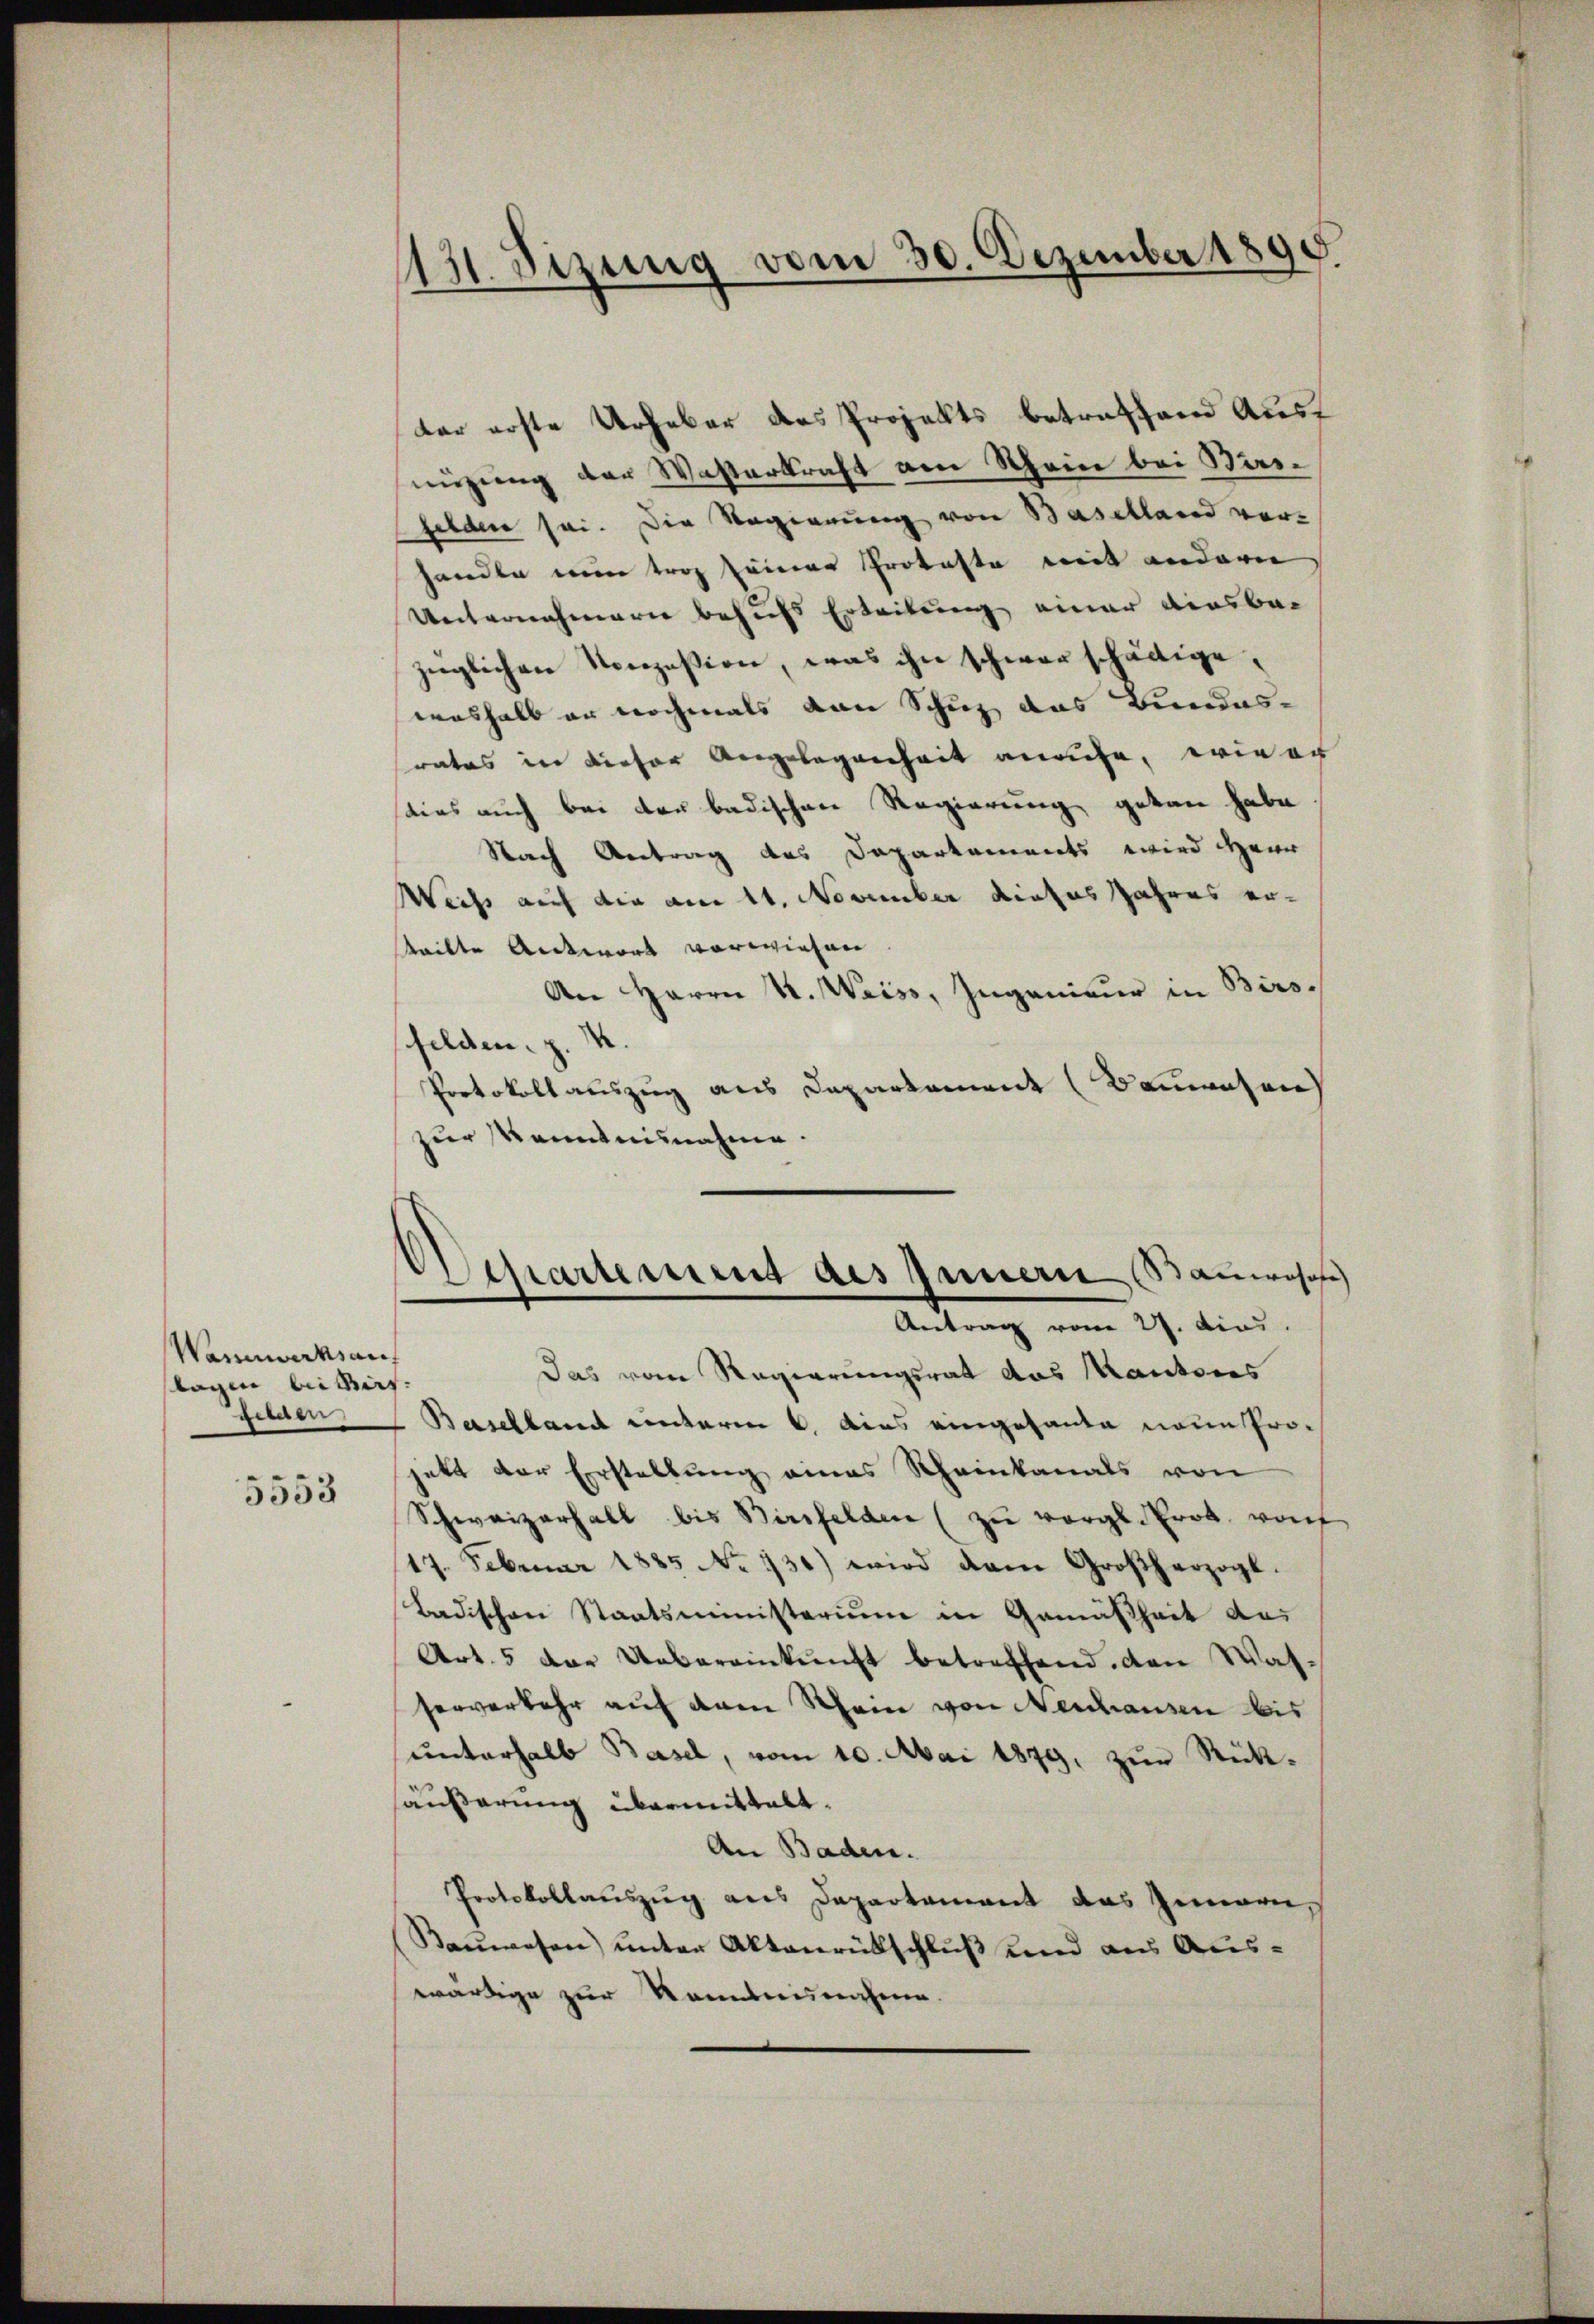
Wannwerksauf
tagen bei dies
felden

5553

131. Sizung vom 30. Dezember 1890.

ter erste Urheber des Projekts betreffend Aust
nüzung der Wasterkraft am Rhein bei Saifelden sei. Die Regierung von Baselland verhandle nun trag seiner Proteste mit andern
Unternehmern behufs Erleitung einer diesba
züglichen Nonzession, was ihn schwer schädige,
weshalb er nochmals von Schutz das Bundes-
rates in dieser Angelegenheit ansuche, wie er
dies auch bei der badischen Regierung getan habe
Nach Antrag des Dapartements wird Herr
Weiss auf die am 11. November dieses Jahres ertteilte Antwort vorwiesen
An Herrn Kt. Weiss, Ingenieur in Birsfelden. Z. 4.
Protokollauszug aus Departament (Beiwesen
zur Kenntnisnahme.
Departement des Innern anwosos
Antrag vom 27. dies
Das vom Regierungsrat das Kantores
Baselland unterm 6. dies eingehande neue Proatt der Erstellung eines Rheinkanals von
Schweizerhall bis Birsfelden (zu vergl. Brot, wof
17. Februar 1885 No 130) wird dem Großherzogl.
Badischen Staatsministerium in Gemäßheit aus
Art. 5 der Uebereinkunft betreffend. Den Was-
serverkehr auf dem Rhein von Neschausen bis
unterhalb Basel, vom 10. Mai 1879, zur Rückäußerung übermittalt.
An Baden.
Protokollauszug aus Departement das Innern,
Bauwesen) unter Aktenrückschluß und aus Auswärtige zur Rentensnahme.